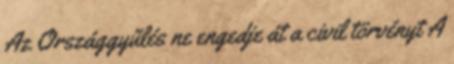
Az Országgyűlés ne engedje át a civil törvényt A